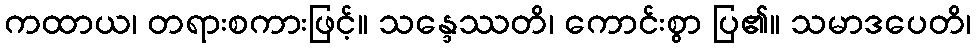
ကထာယ၊ တရားစကားဖြင့်။ သန္ဒေဿတိ၊ ကောင်းစွာ ပြ၏။ သမာဒပေတိ၊